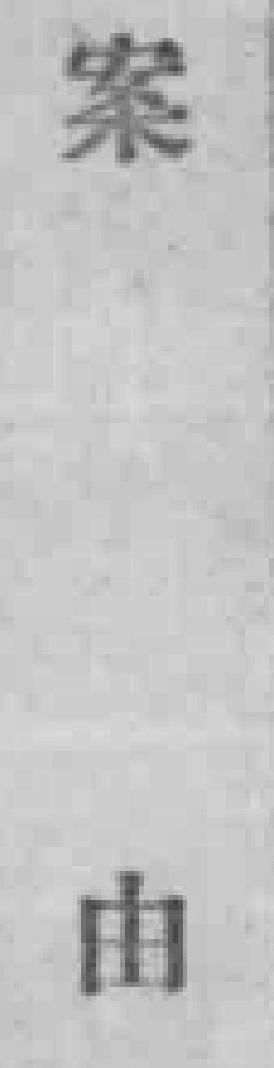
案由